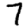
Digit: 7